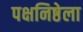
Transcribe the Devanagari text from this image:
पक्षनिष्ठेला